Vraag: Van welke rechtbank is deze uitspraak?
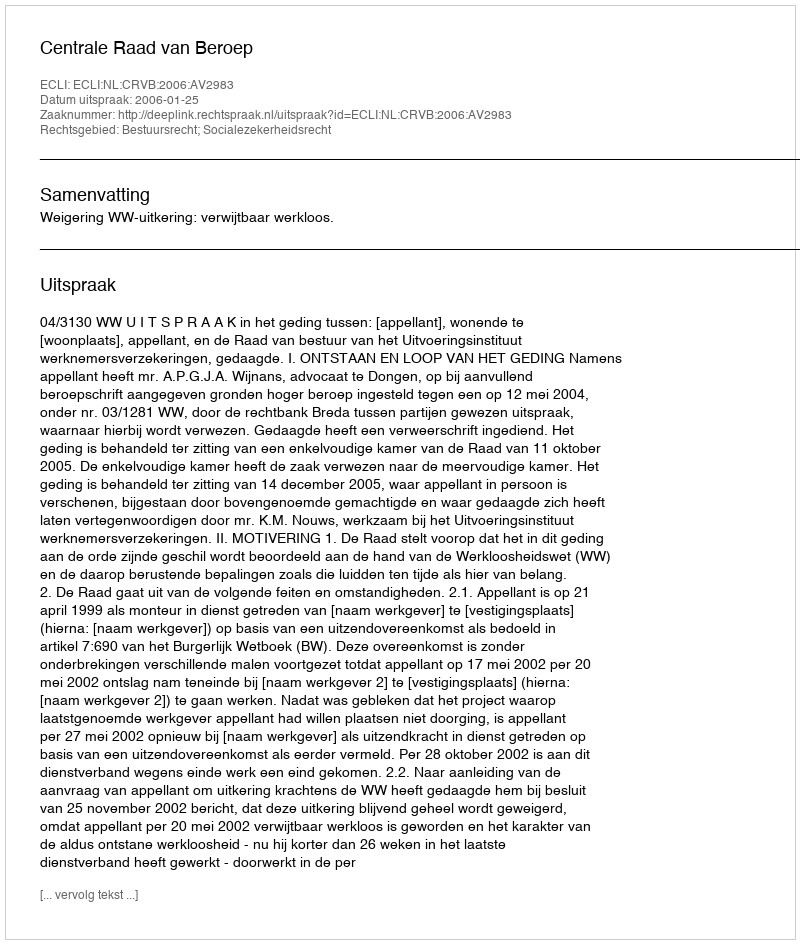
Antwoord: Centrale Raad van Beroep